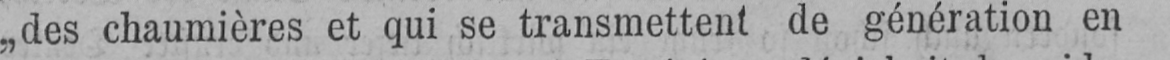
„des chaumières et qui se transmettent de génération en